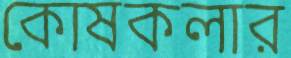
কোষকলার